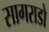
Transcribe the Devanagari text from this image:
सागराडो